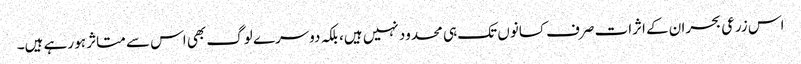
اس زرعی بحران کے اثرات صرف کسانوں تک ہی محدود نہیں ہیں، بلکہ دوسرے لوگ بھی اس سے متاثر ہو رہے ہیں۔